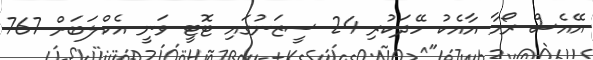
އޭއެސް ރޯމާ އާއެކު ހޭދަކުރި 24 ސީޒަނުގައި ޓޮޓީ ވަނީ އެކްލަބަށް 767